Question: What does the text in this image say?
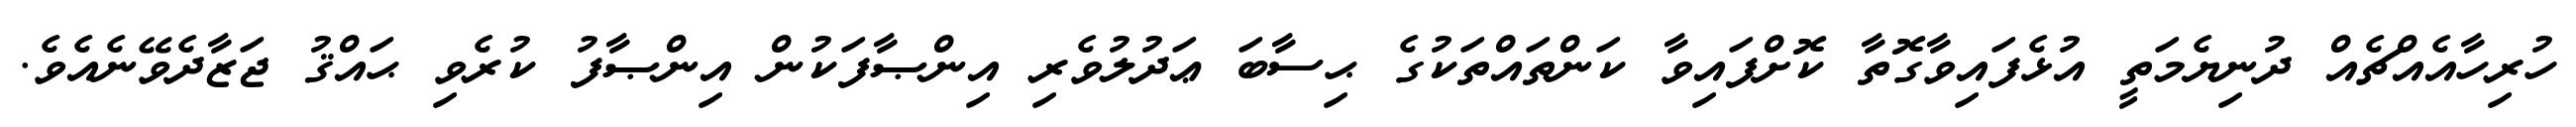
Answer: ހުރިހާއެއްޗެއް ދުނިޔެމަތީ އުޅެފައިވާގޮތާ ކޮށްފައިވާ ކަންތައްތަކުގެ ޙިސާބަ ޢަދުލުވެރި އިންޞާފަކުން އިންޞާފު ކުރެވި ޙައްޤު ޖަޒާދެވޭނެއެވެ.